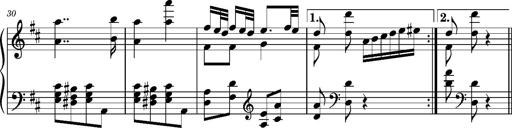
Title: Ungarischer Romanzero
Composer: Franz Liszt